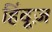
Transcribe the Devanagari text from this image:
हिंदूज़